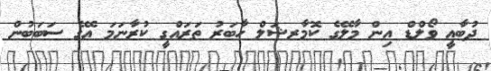
ދުބާއީ ވޯލްޑް އިން މާލޭގެ ކޮމާރޝަލް ހާބަރު ތަރަައްގީ ކުރާނަމަ އޭގެ ސަބަބުން